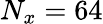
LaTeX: N_{x}=64